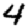
Digit: 4